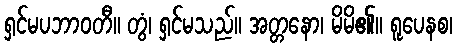
ရှင်မပဘာဝတီ။ တွံ၊ ရှင်မသည်။ အတ္တနော၊ မိမိ၏။ ရူပေနစ၊